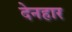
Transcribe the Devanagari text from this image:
देनहार